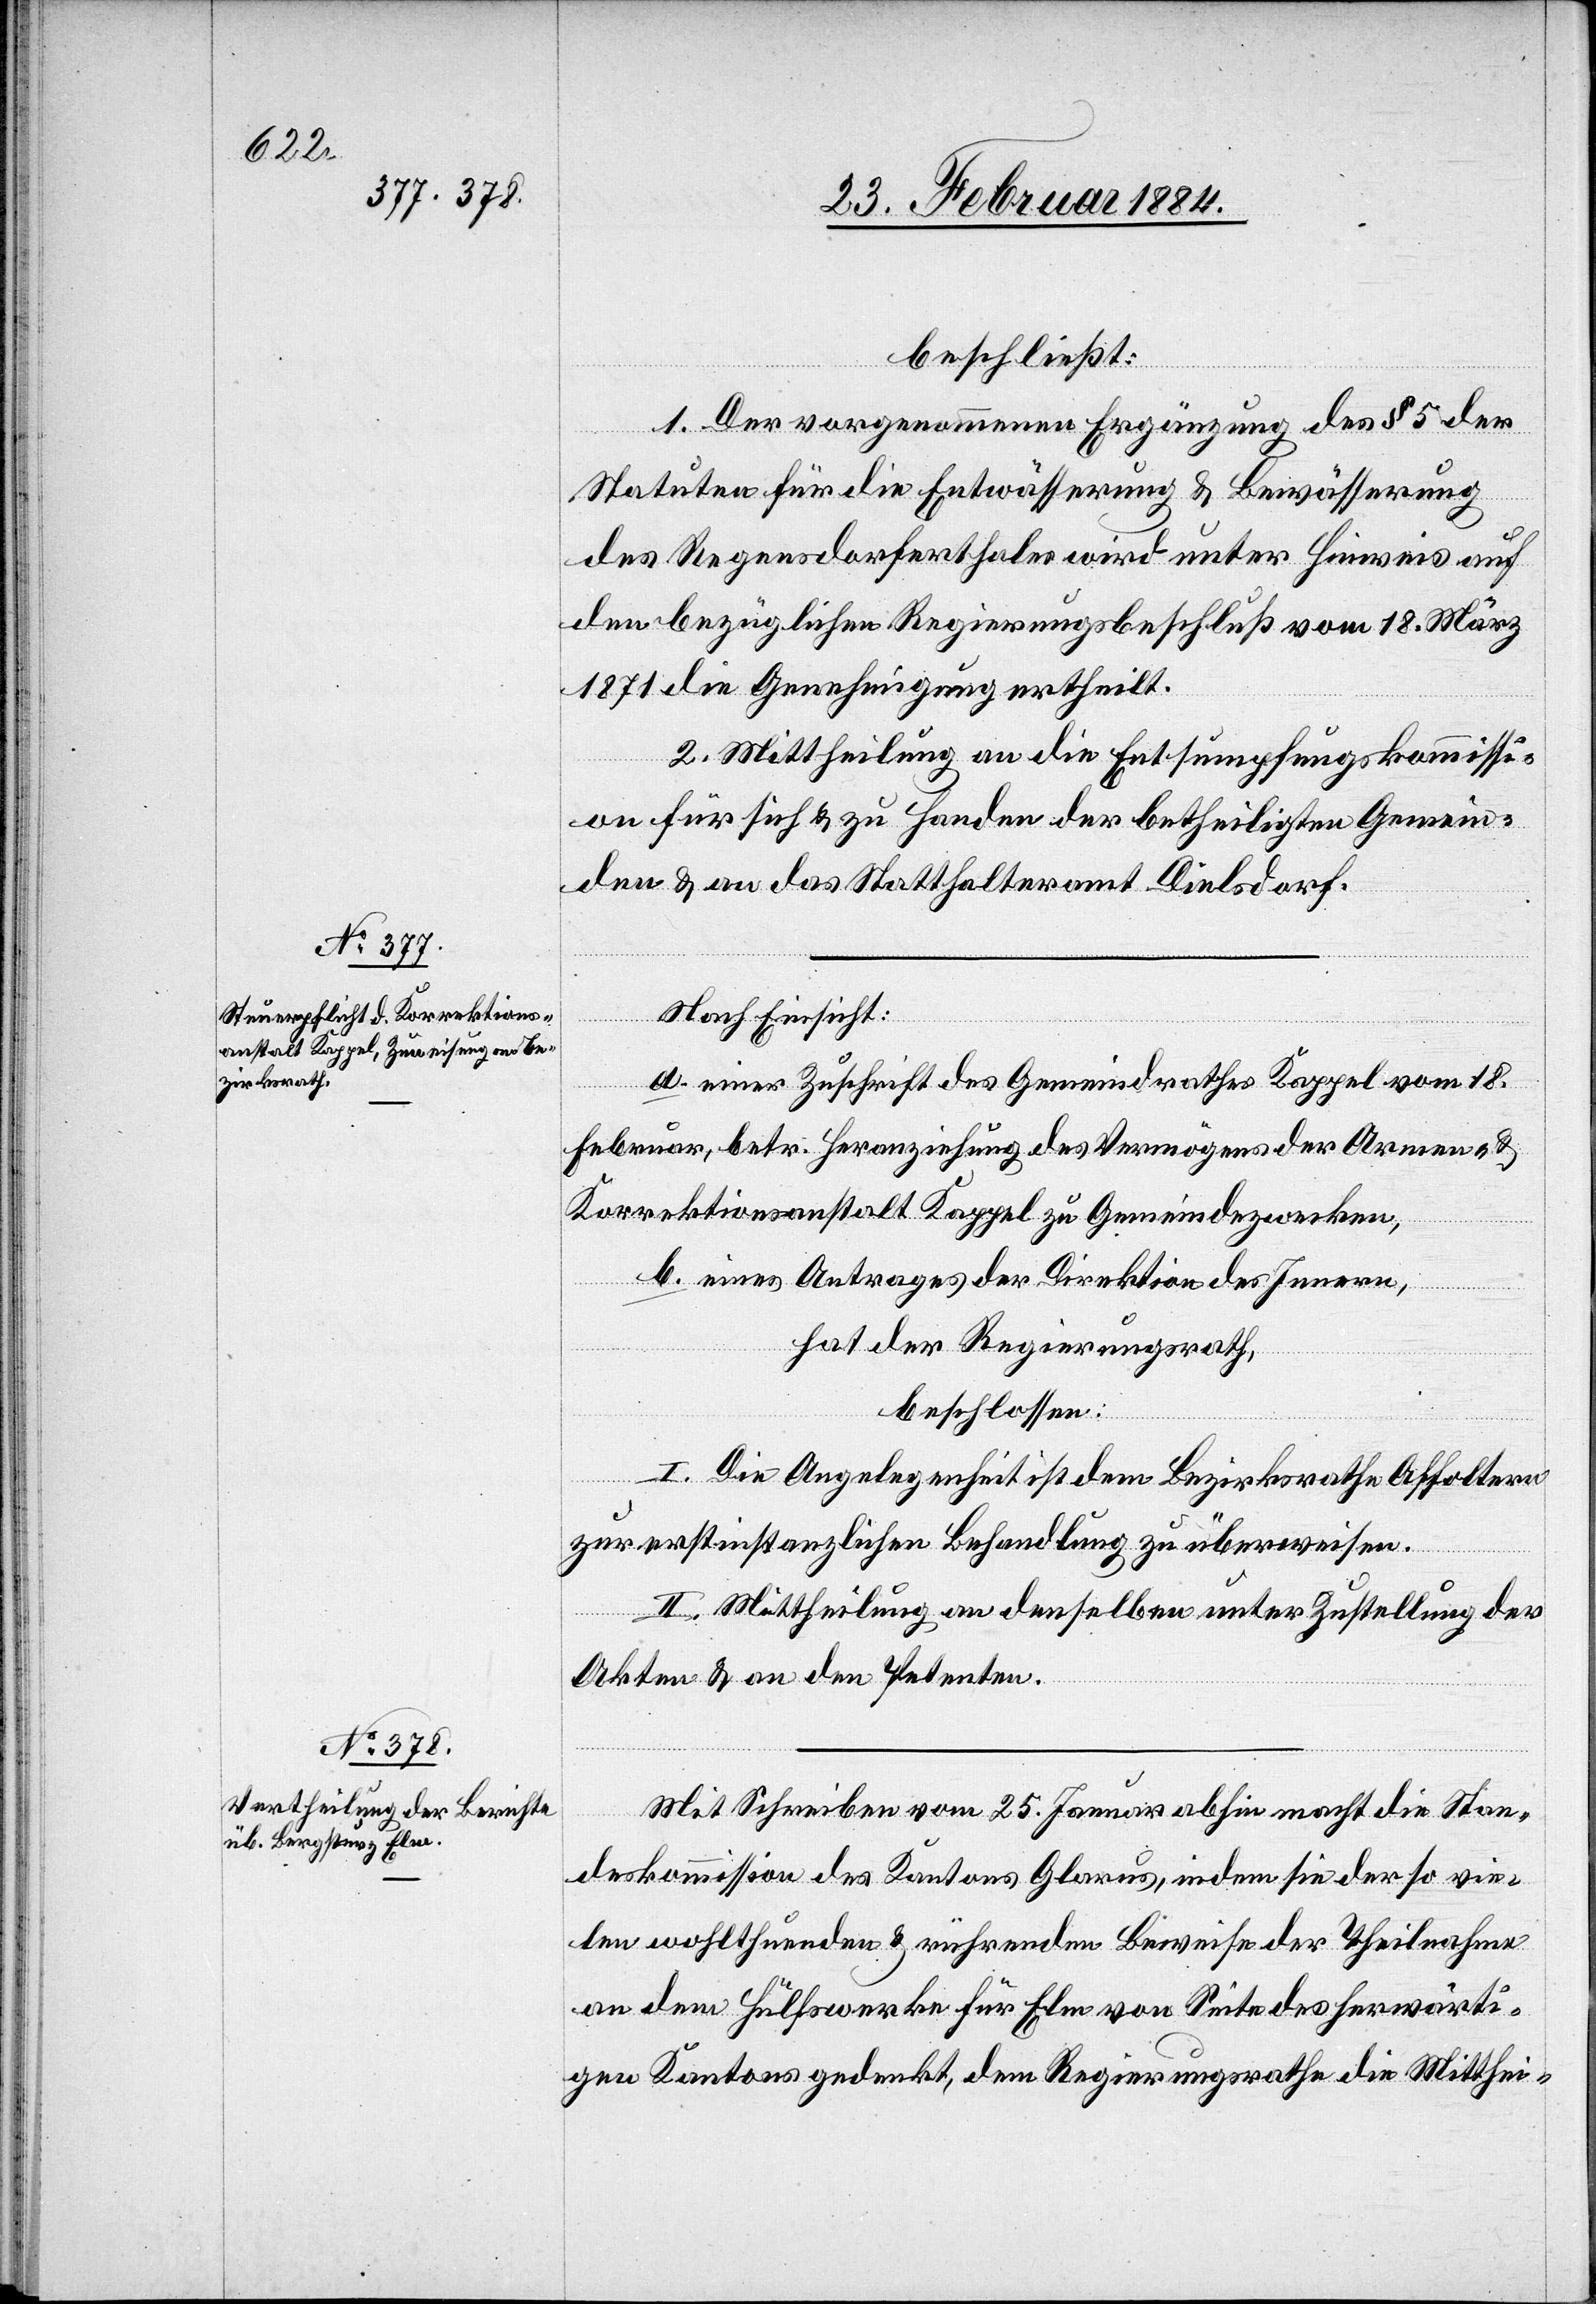
beschließt:
1. Der vorgenommenen Ergänzung des § 5 der
Statuten für die Entwässerung & Bewässerung
des Regensdorferthales wird unter Hinweis auf
den bezüglichen Regierungsbeschluß vom 18. März
1871 die Genehmigung ertheilt.
2. Mittheilung an die Entsumpfungskommissi¬
on für sich & zu Handen der betheiligten Gemein¬
den & an das Statthalteramt Dielsdorf.
Nach Einsicht:
a. einer Zuschrift des Gemeindrathes Kappel vom 18.
Februar, betr. Heranziehung des Vermögens der Armen- &
Korrektionsanstalt Kappel zu Gemeindezwecken,
b. eines Antrages der Direktion des Innern,
hat der Regierungsrath,
beschlossen:
I. Die Angelegenheit ist dem Bezirksrathe Affoltern
zur erstinstanzlichen Behandlung zu überweisen.
II. Mittheilung an denselben unter Zustellung der
Akten & an den Petenten.
Mit Schreiben vom 25. Januar abhin macht die Stan¬
deskommission des Kantons Glarus, indem sie der so vie¬
len wohltuenden & rührenden Beweise der Theilnahme
an dem Hülfswerke für Elm von Seite des herwärti¬
gen Kantons gedenkt, dem Regierungsrathe die Mitthei-